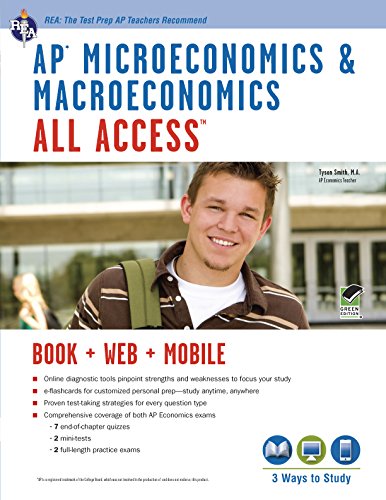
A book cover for APÂ® Micro/Macroeconomics All Access Book + Online + Mobile (Advanced Placement (AP) All Access); Tyson Smith; Business & Money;